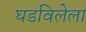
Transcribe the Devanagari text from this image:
घडविलेला